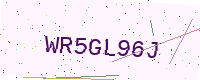
Text: WR5GL96J